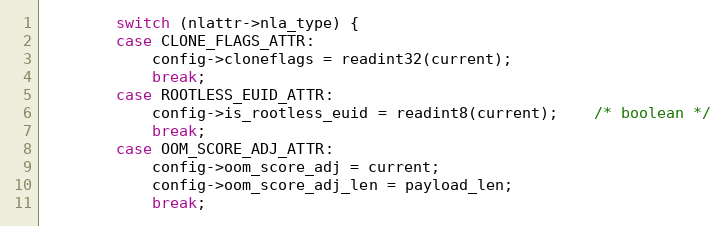
Language: C
		switch (nlattr->nla_type) {
		case CLONE_FLAGS_ATTR:
			config->cloneflags = readint32(current);
			break;
		case ROOTLESS_EUID_ATTR:
			config->is_rootless_euid = readint8(current);	/* boolean */
			break;
		case OOM_SCORE_ADJ_ATTR:
			config->oom_score_adj = current;
			config->oom_score_adj_len = payload_len;
			break;